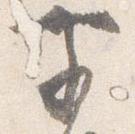
前